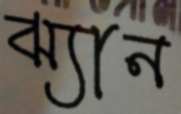
ঝ্যান